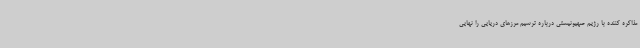
مذاکره کننده با رژیم صهیونیستی درباره ترسیم مرزهای دریایی را نهایی